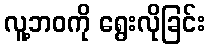
လူ့ဘဝကို ရွေးလိုခြင်း